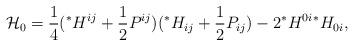
LaTeX: \begin{align*}{\cal{H}}_0=\frac{1}{4}({}^*H^{ij}+\frac{1}{2}P^{ij})({}^*H_{ij}+\frac{1}{2}P_{ij})-2{}^*H^{0i}{}^*H_{0i}, \end{align*}